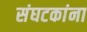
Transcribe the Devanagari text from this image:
संघटकांना